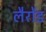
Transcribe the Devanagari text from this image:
लैरोंड